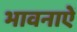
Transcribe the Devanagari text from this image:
भावनाऐं